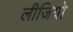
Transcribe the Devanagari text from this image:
लीजियो